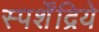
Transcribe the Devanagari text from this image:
स्पर्शेंद्रिये